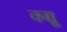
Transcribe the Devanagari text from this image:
कच्चू